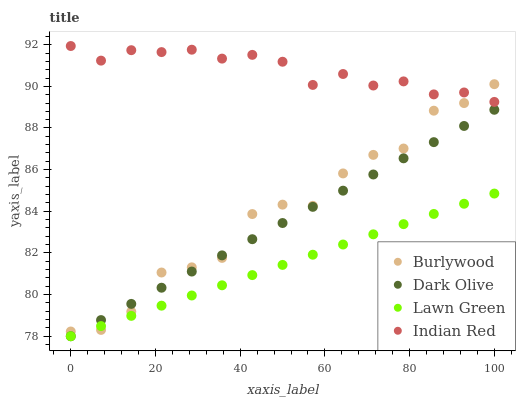
| xaxis_label | Burlywood | Dark Olive | Lawn Green | Indian Red |
 | --- | --- | --- | --- | --- |
 | 0 | 78.2 | 78 | 78 | 91.9 |
 | 7.14 | 78.3 | 78.8 | 78.5 | 91.2 |
 | 14.3 | 79.2 | 79.6 | 79 | 91.7 |
 | 21.4 | 81.1 | 80.3 | 79.5 | 91.6 |
 | 28.6 | 81.3 | 81.1 | 80 | 91.8 |
 | 35.7 | 81.8 | 81.9 | 80.4 | 91.3 |
 | 42.9 | 83.9 | 82.7 | 80.9 | 91.5 |
 | 50 | 84.3 | 83.4 | 81.4 | 91.2 |
 | 57.1 | 84.3 | 84.2 | 81.9 | 90.1 |
 | 64.3 | 85.8 | 85 | 82.4 | 90.6 |
 | 71.4 | 86.7 | 85.8 | 82.9 | 90 |
 | 78.6 | 87 | 86.5 | 83.4 | 90.2 |
 | 85.7 | 88.8 | 87.3 | 83.9 | 89.6 |
 | 92.9 | 89.2 | 88.1 | 84.4 | 89.7 |
 | 100 | 90.1 | 88.9 | 84.9 | 89.3 |